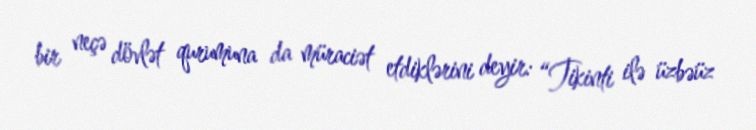
bir neçə dövlət qurumuna da müraciət etdiklərini deyir: “Tikinti ilə üzbəüz